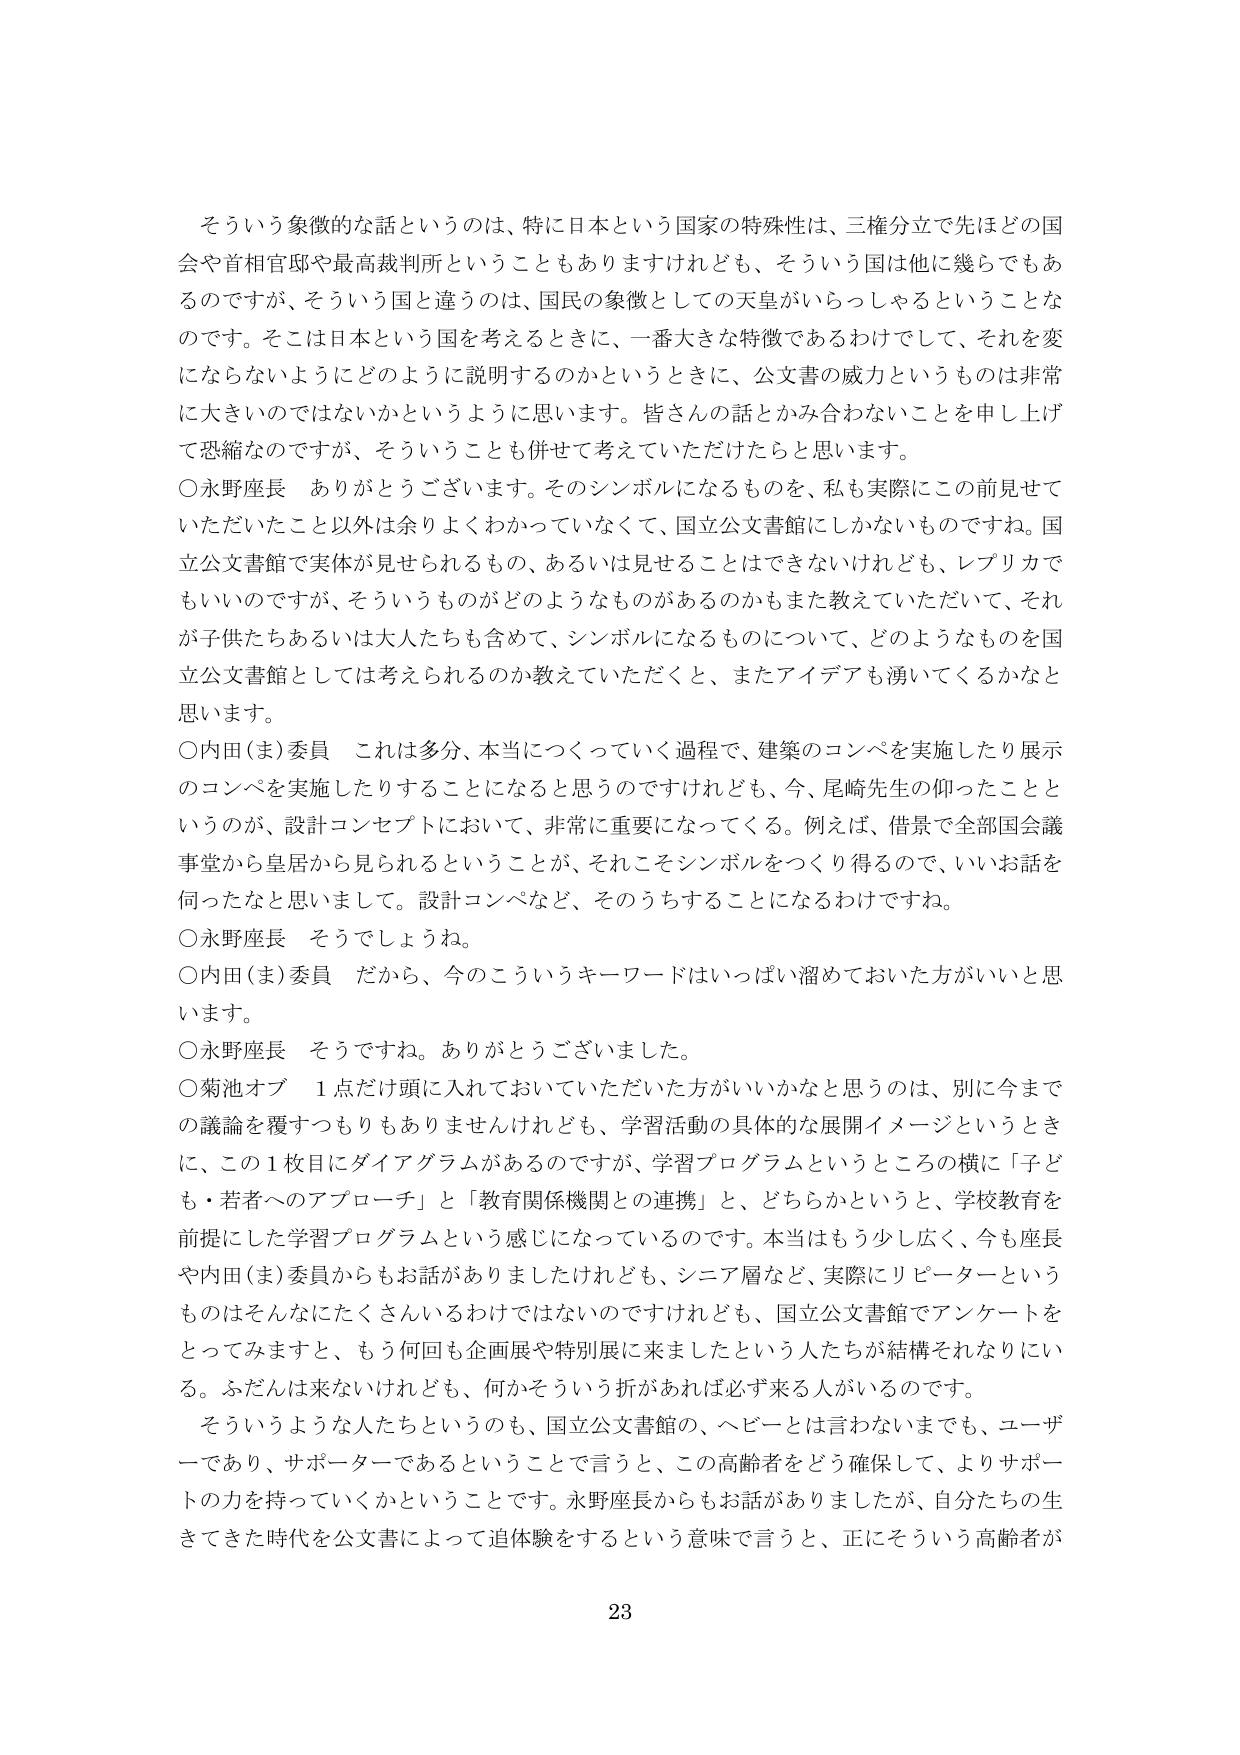
そういう象徴的な話というのは、特に日本という国家の特殊性は、三権分立で先ほどの国会や首相官邸や最高裁判所ということもありますがけれども、そういう国は他に幾らでもあるのですが、そういう国と違うのは、国民の象徴としての天皇がいらっしゃるということなのです。そこは日本という国を考えるときに、一番大きな特徴であるわけでして、それを変にならないようにどのように説明するのかというときに、公文書の威力というものは非常に大きいのではないかというように思います。皆さんの話とかみ合わないことを申し上げて恐縮なのですが、そういうことも併せて考えていただけたらと思います。

○永野座長　ありがとうございます。そのシンボルになるものを、私も実際にこの前見せていただいたこと以外は余りよくわかっていなくて、国立公文書館にしかないものですね。国立公文書館で実体が見せられるもの、あるいは見せることはできないけれども、レプリカでもいいのですが、そういうものがどのようなものがあるのかもまた教えていただいて、それが子供たちあるいは大人たちも含めて、シンボルになるものについて、どのようなものを国立公文書館としては考えられるのか教えていただくと、またアイデアも湧いてくるかなと思います。

○内田（ま）委員　これは多分、本当につくっていく過程で、建築のコンペを実施したり展示のコンペを実施したりすることになると思うのですけれども、今、尾崎先生の仰ったことというのが、設計コンセプトにおいて、非常に重要になってくる。例えば、借景で全部国会議事堂から皇居から見られるということが、それこそシンボルをつくり得るので、いいお話を伺ったなと思います。設計コンペなど、そのうちすることになるわけです。

○永野座長　そうでしょうね。

○内田（ま）委員　だから、今のこういうキーワードはいっぱい溜めておいた方がいいと思います。

○永野座長　そうですね。ありがとうございました。

○菊池オブ　1点だけ頭に入れておいていただいた方がいいかなと思うのは、別に今までの議論を覆すつもりもありませんけれども、学習活動の具体的な展開イメージというときに、この1枚目にダイアグラムがあるのですが、学習プログラムというところの横に「子ども・若者へのアプローチ」と「教育関係機関との連携」と、どちらかというと、学校教育を前提にした学習プログラムという感じになっているのです。本当はもう少し広く、今も座長や内田（ま）委員からもお話がありましたけれども、シニア層など、実際にリピーターというものはそんなにたくさんいるわけではないのですけれども、国立公文書館でアンケートをとってみますと、もう何回も企画展や特別展に来ましたという人たちが結構それなりにいる。ふだんは来ないけれども、何かそういう折があれば必ず来る人がいるのです。

そういうような人たちというのも、国立公文書館の、ヘビーとは言わないまでも、ユーザーであり、サポーターであるということで言うと、この高齢者をどう確保して、よりサポートの力を持っていくかということです。永野座長からもお話がありましたか、自分たちの生きてきた時代を公文書によって追体験をするという意味で言うと、正にそういう高齢者が

23